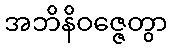
အဘိနိဝဇ္ဇေတွာ